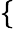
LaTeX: \begin{array}{r}{\left\{ \begin{array}{rl}\end{array}\right.}\end{array}